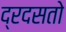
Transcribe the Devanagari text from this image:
द्रदसतो